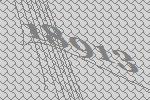
18913